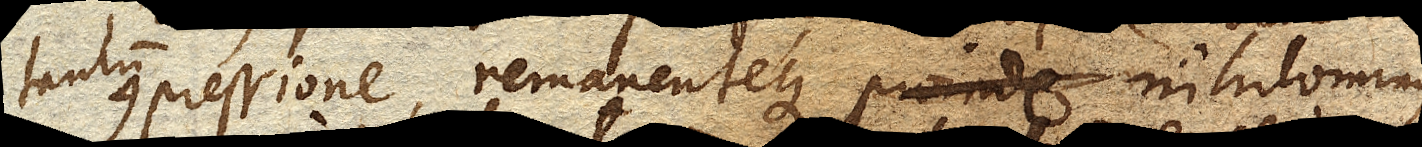
tantum compressione, remanenteque proinde nihilominus